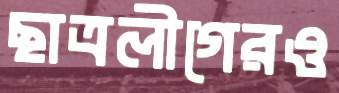
ছাত্রলীগেরও